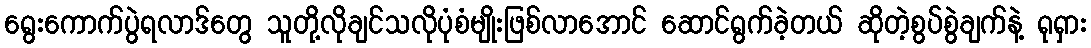
ရွေးကောက်ပွဲရလာဒ်တွေ သူတို့လိုချင်သလိုပုံစံမျိုးဖြစ်လာအောင် ဆောင်ရွက်ခဲ့တယ် ဆိုတဲ့စွပ်စွဲချက်နဲ့ ရုရှား